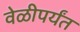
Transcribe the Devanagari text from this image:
वेळीपर्यंत